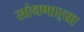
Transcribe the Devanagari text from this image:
सांधणार्‍या